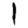
Digit: 1